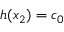
h ( x _ { 2 } ) = c _ { 0 }